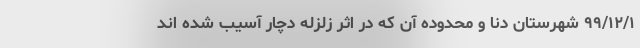
۹۹/۱۲/۱ شهرستان دنا و محدوده آن که در اثر زلزله دچار آسیب شده اند